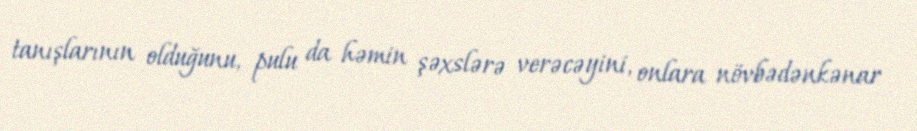
tanışlarının olduğunu, pulu da həmin şəxslərə verəcəyini, onlara növbədənkənar